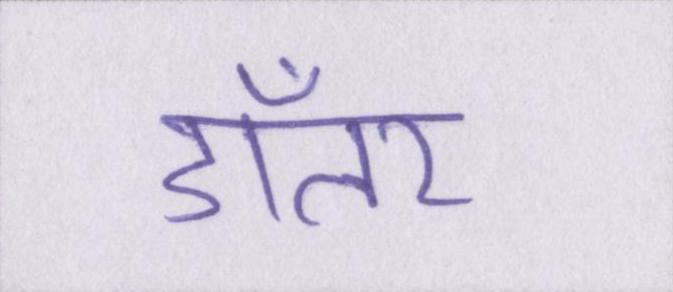
डॉलर